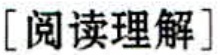
[阅读理解]